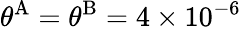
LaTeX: \theta^{\mathrm{{A}}}=\theta^{\mathrm{{B}}}=4\times 10^{-6}